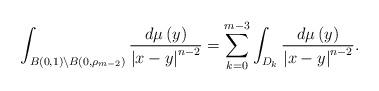
LaTeX: \begin{align*}\int _{B(0, 1)\backslash B\left( 0,\rho _{m-2}\right) }\dfrac {d\mu \left( y\right) }{\left| x-y\right| ^{n-2}}=\sum ^{m-3}_{k=0}\int _{D_k}\dfrac {d\mu \left( y\right) }{\left| x-y\right| ^{n-2}}.\end{align*}